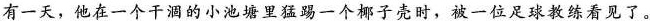
有一天，他在一个干涸的小池塘里猛踢一个椰子壳时，被一位足球教练看见了。